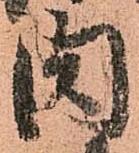
肉